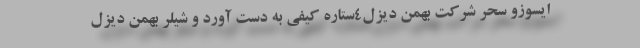
ایسوزو سحر شرکت بهمن دیزل4ستاره کیفی به دست آورد و شیلر بهمن دیزل